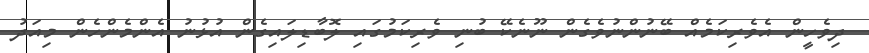
ދިވެހީން އެވެރިކަމެއް ބޭނުންނުވެގެން ނޫނެކޭ ބުނި ވެރިކަމުގައި ލޮބާޑިލައިގެން އުޅުނު އެންމެންހެން މިއަދު